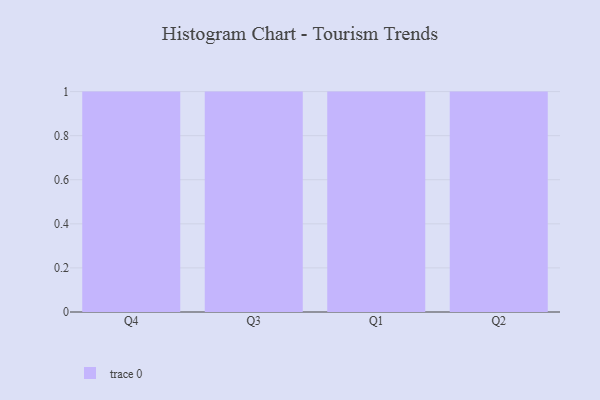
{"axis": {"x": "Quarter", "y": "Conversion Rate (%)"}, "legend": [""], "data": [{"x": "Q4", "y": 25, "type": ""}, {"x": "Q3", "y": 99, "type": ""}, {"x": "Q1", "y": 44, "type": ""}, {"x": "Q2", "y": 70, "type": ""}]}